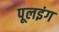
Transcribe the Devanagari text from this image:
पूलइंग